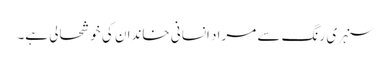
سنہری رنگ سے مراد انسانی خاندان کی خوشحالی ہے۔